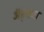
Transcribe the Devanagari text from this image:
अॅड्सना